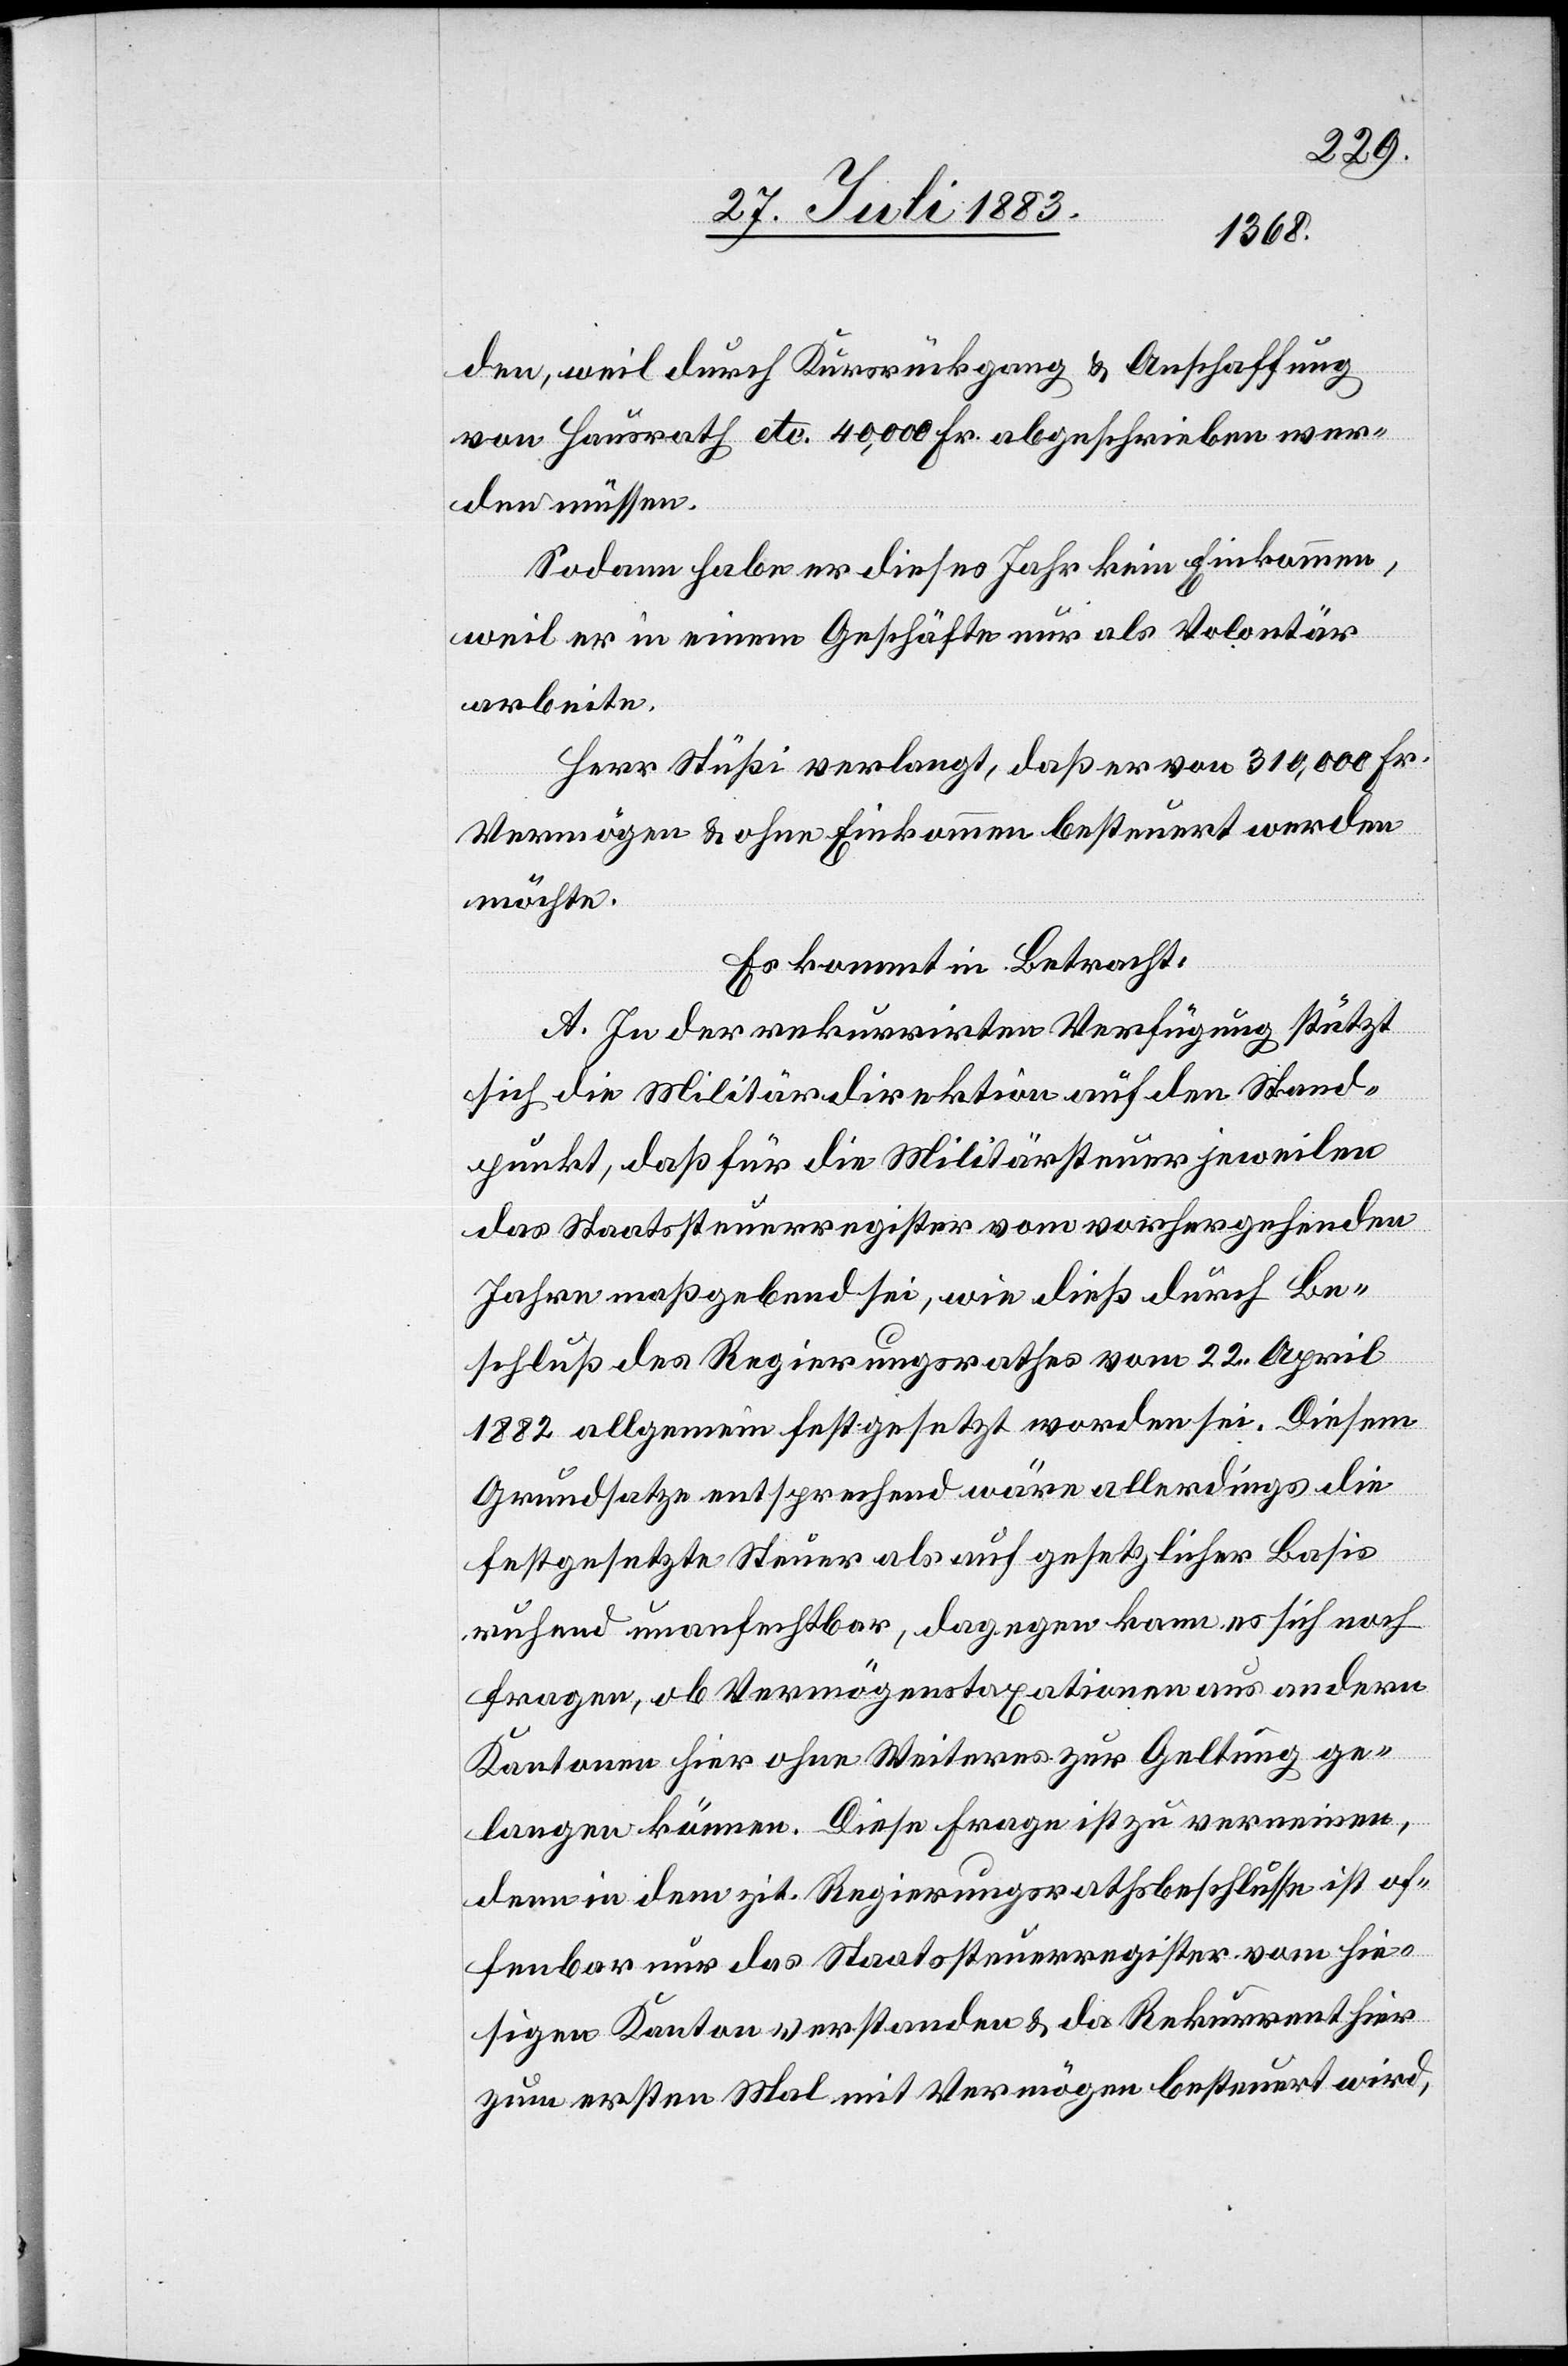
den, weil durch Kursrückgang & Anschaffung
von Hausrath etc. 40,000 Fr. abgeschrieben wer¬
den müssen.
Sodann habe er dieses Jahr kein Einkommen,
weil er in einem Geschäfte nur als Volontär
arbeite.
Herr Stüßi verlangt, daß er von 310,000 Fr.
Vermögen & ohne Einkommen besteuert werden
möchte.
Es kommt in Betracht:
A. In der rekurrirten Verfügung stützt
sich die Militärdirektion auf den Stand¬
punkt, daß für die Militärsteuer jeweilen
das Staatssteuerregister vom vorhergehenden
Jahre maßgebend sei, wie dieß durch Be¬
schluß des Regierungsrathes vom 22. April
1882 allgemein festgesetzt worden sei. Diesem
Grundsatze entsprechend wäre allerdings die
festgesetzte Steuer als auf gesetzlicher Basis
ruhend unanfechtbar, dagegen kann es sich noch
fragen, ob Vermögenstaxationen aus andern
Kantonen hier ohne Weiteres zur Geltung ge¬
langen können. Diese Frage ist zu verneinen,
denn in dem zit. Regierungsrathsbeschlusse ist of¬
fenbar nur das Staatssteuerregister vom hie¬
sigen Kanton verstanden & da Rekurrent hier
zum ersten Mal mit Vermögen besteuert wird,